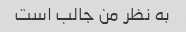
به نظر من جالب است